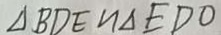
\Delta B D E \sim \Delta E D O